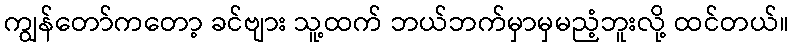
ကျွန်တော်ကတော့ ခင်ဗျား သူ့ထက် ဘယ်ဘက်မှာမှမညံ့ဘူးလို့ ထင်တယ်။